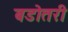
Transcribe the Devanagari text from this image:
बडोतरी